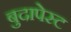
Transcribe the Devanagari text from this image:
बुदापेस्ट